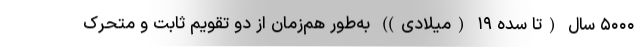
۵۰۰۰ سال (تا سده ۱۹ (میلادی)) به‌طور هم‌زمان از دو تقویم ثابت و متحرک